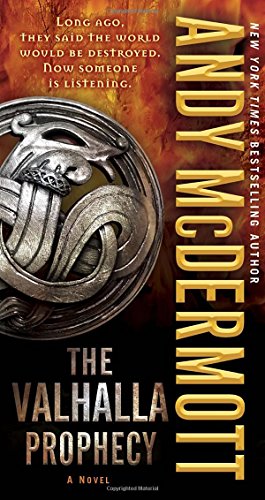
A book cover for The Valhalla Prophecy: A Novel (Nina Wilde and Eddie Chase); Andy McDermott; Literature & Fiction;